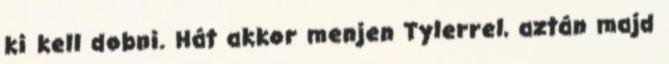
ki kell dobni. Hát akkor menjen Tylerrel, aztán majd